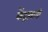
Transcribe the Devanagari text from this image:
केंद्रत्यागी